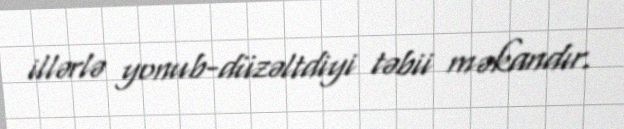
illərlə yonub-düzəltdiyi təbii məkandır.